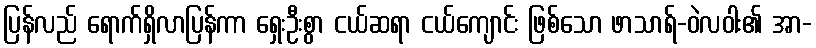
ပြန်လည် ရောက်ရှိလာပြန်ကာ ရှေးဦးစွာ ငယ်ဆရာ ငယ်ကျောင်း ဖြစ်သော ဖာသာရ်-ဝဲလဝါး၏ အာ-